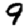
Digit: 9